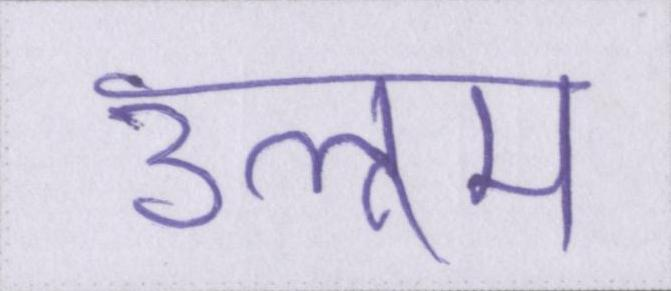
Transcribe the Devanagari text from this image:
उलूम